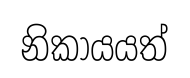
නිකායයත්